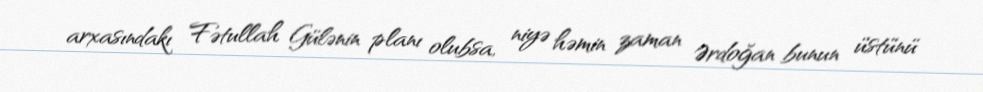
arxasındakı Fətullah Gülənin planı olubsa, niyə həmin zaman Ərdoğan bunun üstünü